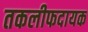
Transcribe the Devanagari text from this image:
तकलीफदायक